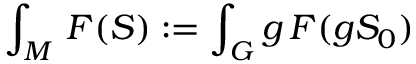
\int _ { M } \d S \, F ( S ) : = \int _ { G } \d g \, F ( g S _ { 0 } )